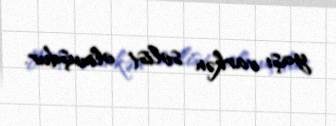
yaşı varkən solist olmuşdur.